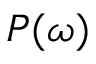
P ( \omega )